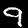
Digit: 9